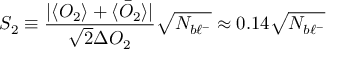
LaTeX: S _ { 2 } \equiv \frac { | \langle { \cal { O } } _ { 2 } \rangle + \langle \bar { \cal { O } } _ { 2 } \rangle | } { \sqrt { 2 } \Delta { \cal { O } } _ { 2 } } \sqrt { N _ { b \ell ^ { - } } } \approx 0 . 1 4 \sqrt { N _ { b \ell ^ { - } } }